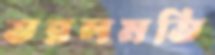
তরলমতি